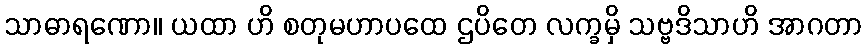
သာဓာရဏော။ ယထာ ဟိ စတုမဟာပထေ ဌပိတေ လက္ခမှိ သဗ္ဗဒိသာဟိ အာဂတာ